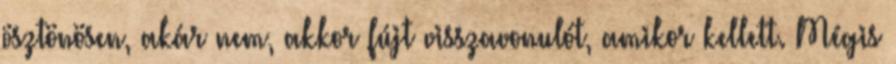
ösztönösen, akár nem, akkor fújt visszavonulót, amikor kellett. Mégis